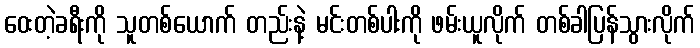
ဝေးတဲ့ခရီးကို သူတစ်ယောက် တည်းနဲ့ မင်းတစ်ပါးကို ဖမ်းယူလိုက် တစ်ခါပြန်သွားလိုက်